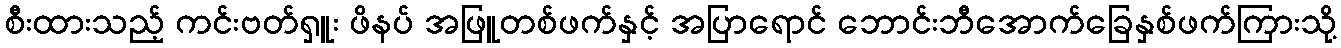
စီးထားသည့် ကင်းဗတ်ရှူး ဖိနပ် အဖြူတစ်ဖက်နှင့် အပြာရောင် ဘောင်းဘီအောက်ခြေနှစ်ဖက်ကြားသို့